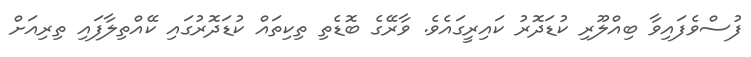
ފުސްވެފައިވާ ބިއްލޫރި ކުޑަދޮރު ކައިރީގައެވެ. ވާރޭގެ ބޮޑެތި ތިކިތައް ކުޑަދޮރުގައި ކޭއްތިލާފައި ތިރިއަށް